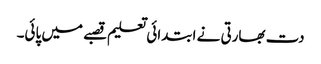
دت بھارتی نے ابتدائی تعلیم قصبے میں پائی۔